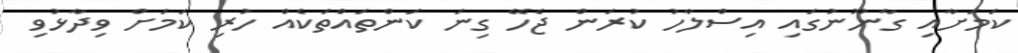
ކަމަށާއި ގާނޫނުގައި އިސްލާހު ކުރަން ޖެހޭ ގިނަ ކަންތައްތަކެއް ހުރި ކަމަށް ވިދާޅުވި